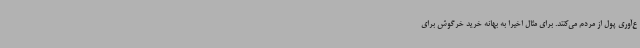
ع‌آوری پول از مردم می‌کنند. برای مثال اخیرا به بهانه خرید خرگوش برای